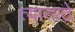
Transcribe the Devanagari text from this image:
त्यासाठे